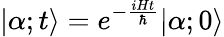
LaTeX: |\alpha;t\rangle=e^{-{\frac{iHt}{\hbar}}}|\alpha;0\rangle